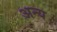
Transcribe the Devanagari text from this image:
अन्य